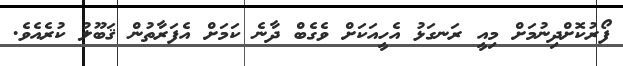
ފޯރުކޮށްދިނުމަށް މިއީ ރަނގަޅު އެހީއަކަށް ވެގެބް ދާނެ ކަމަށް އެފަރާތުން ޤަބޫލު ކުރެއެވެ.